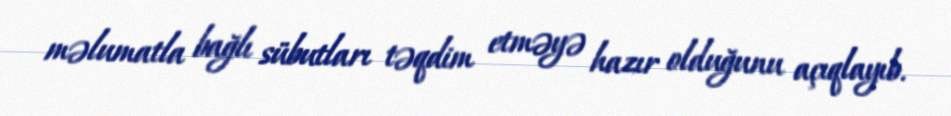
məlumatla bağlı sübutları təqdim etməyə hazır olduğunu açıqlayıb.